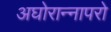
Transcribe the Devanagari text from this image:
अघोरान्नापरो